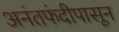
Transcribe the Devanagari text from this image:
अनंतफंदीपासून